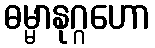
ဓမ္မာနုဂ္ဂဟော